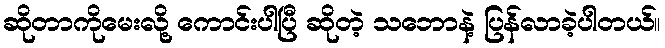
ဆိုတာကိုမေးလို့ ကောင်းပါပြီ ဆိုတဲ့ သဘောနဲ့ ပြန်လာခဲ့ပါတယ်။